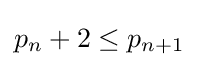
p_{n}+2\leq p_{n+1}